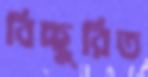
বিচ্ছুরিত